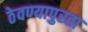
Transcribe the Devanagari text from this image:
ठेवण्यापुरता